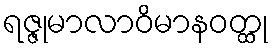
ရဇ္ဇုမာလာဝိမာနဝတ္ထု